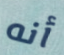
أنه